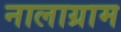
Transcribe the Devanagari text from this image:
नालाग्राम